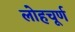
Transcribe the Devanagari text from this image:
लोहचूर्ण